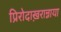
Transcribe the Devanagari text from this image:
प्रिरोदाख़रान्नाया